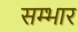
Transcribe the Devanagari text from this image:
सम्भार